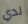
لدي